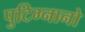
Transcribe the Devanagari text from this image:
पुटिग्नानो